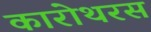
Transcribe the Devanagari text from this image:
कारोथरस